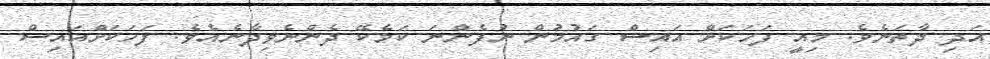
އަދި ދާތަނެވެ. މިއީ ފަހަކަށް އައިސް ގައުމުން ނުފެންނަ ކަމެކޭ ދެންނެވިދާނެއެވެ. ފަހަކަށްއައިސް